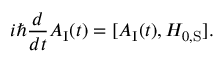
i \hbar { \frac { d } { d t } } A _ { \mathrm { I } } ( t ) = [ A _ { \mathrm { I } } ( t ) , H _ { 0 , { \mathrm { S } } } ] .